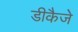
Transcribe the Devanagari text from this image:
डीकैजे